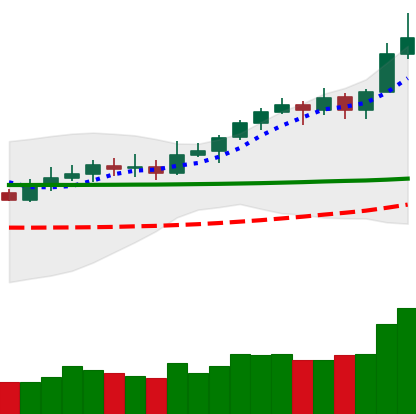
Ticker: XLM-USD
Chart end date: 2020-02-13
Forward return: -9.694%
Label: down_7plus